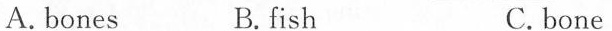
A.bones B.fish C.bone